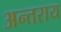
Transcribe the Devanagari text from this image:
अन्तराय